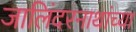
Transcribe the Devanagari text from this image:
जालिंदरनाथांच्या